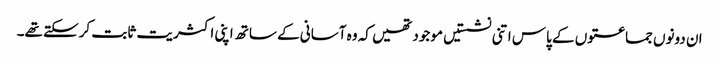
ان دونوں جماعتوں کے پاس اتنی نشستیں موجود تھیں کہ وہ آسانی کے ساتھ اپنی اکثریت ثابت کرسکتے تھے۔